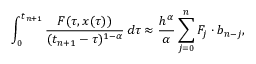
\int _ { 0 } ^ { t _ { n + 1 } } \frac { F ( \tau , x ( \tau ) ) } { ( t _ { n + 1 } - \tau ) ^ { 1 - \alpha } } \, d \tau \approx \frac { h ^ { \alpha } } { \alpha } \sum _ { j = 0 } ^ { n } F _ { j } \cdot b _ { n - j } ,